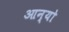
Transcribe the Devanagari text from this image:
आन्‍यो